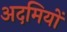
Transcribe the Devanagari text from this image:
अदमियों